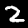
Label: 2